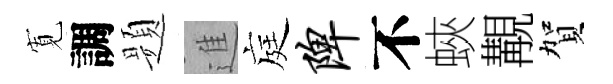
𡩖調题進庭陴不蛺覯賀